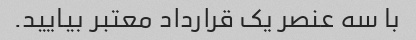
با سه عنصر یک قرارداد معتبر بیایید.